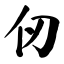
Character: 仞